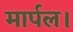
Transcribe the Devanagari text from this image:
मार्पल।